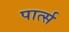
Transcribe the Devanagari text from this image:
पार्त्स